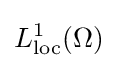
L_{\text{loc}}^{1}(\Omega )